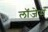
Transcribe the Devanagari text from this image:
लॉजेस